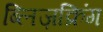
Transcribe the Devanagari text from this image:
ब्लिज़क्रिंग